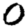
Digit: 0